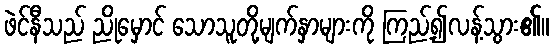
ဖဲင်နီသည် ညိုမှောင် သောသူတို့မျက်နှာများကို ကြည့်၍လန့်သွား၏။